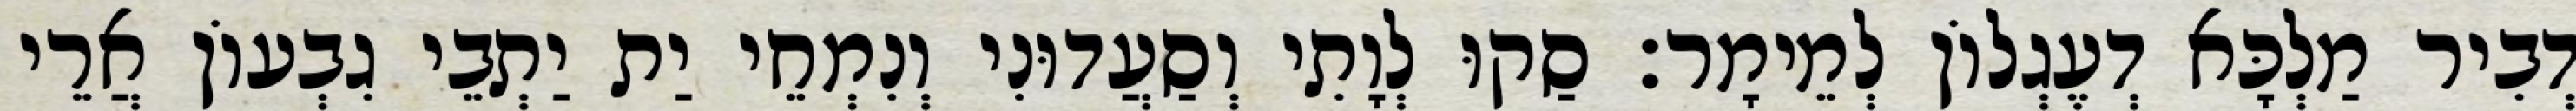
דְבִיר מַלְכָּא דְעֶגְלוֹן לְמֵימָר׃ סַקוּ לְוָתִי וְסַעֲדוּנִי וְנִמְחֵי יַת יַתְבֵי גִבְעוֹן אֲרֵי